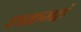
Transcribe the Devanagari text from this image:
शक्रमहं